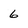
Character: 6